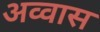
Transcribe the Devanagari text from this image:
अव्वास